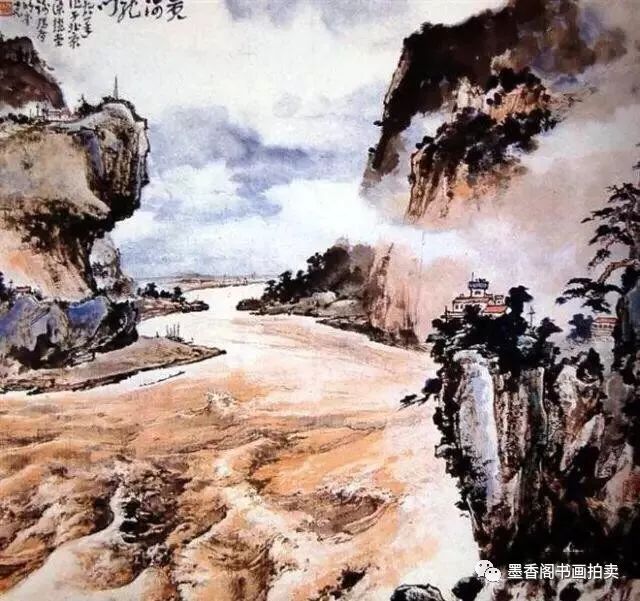
旌旆夹两山，黄河当中流。